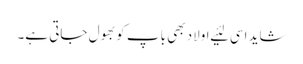
شاید اسی لئیے اولاد بھی باپ کو بھول جاتی ہے۔